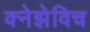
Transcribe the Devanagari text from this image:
क्नेझेविच